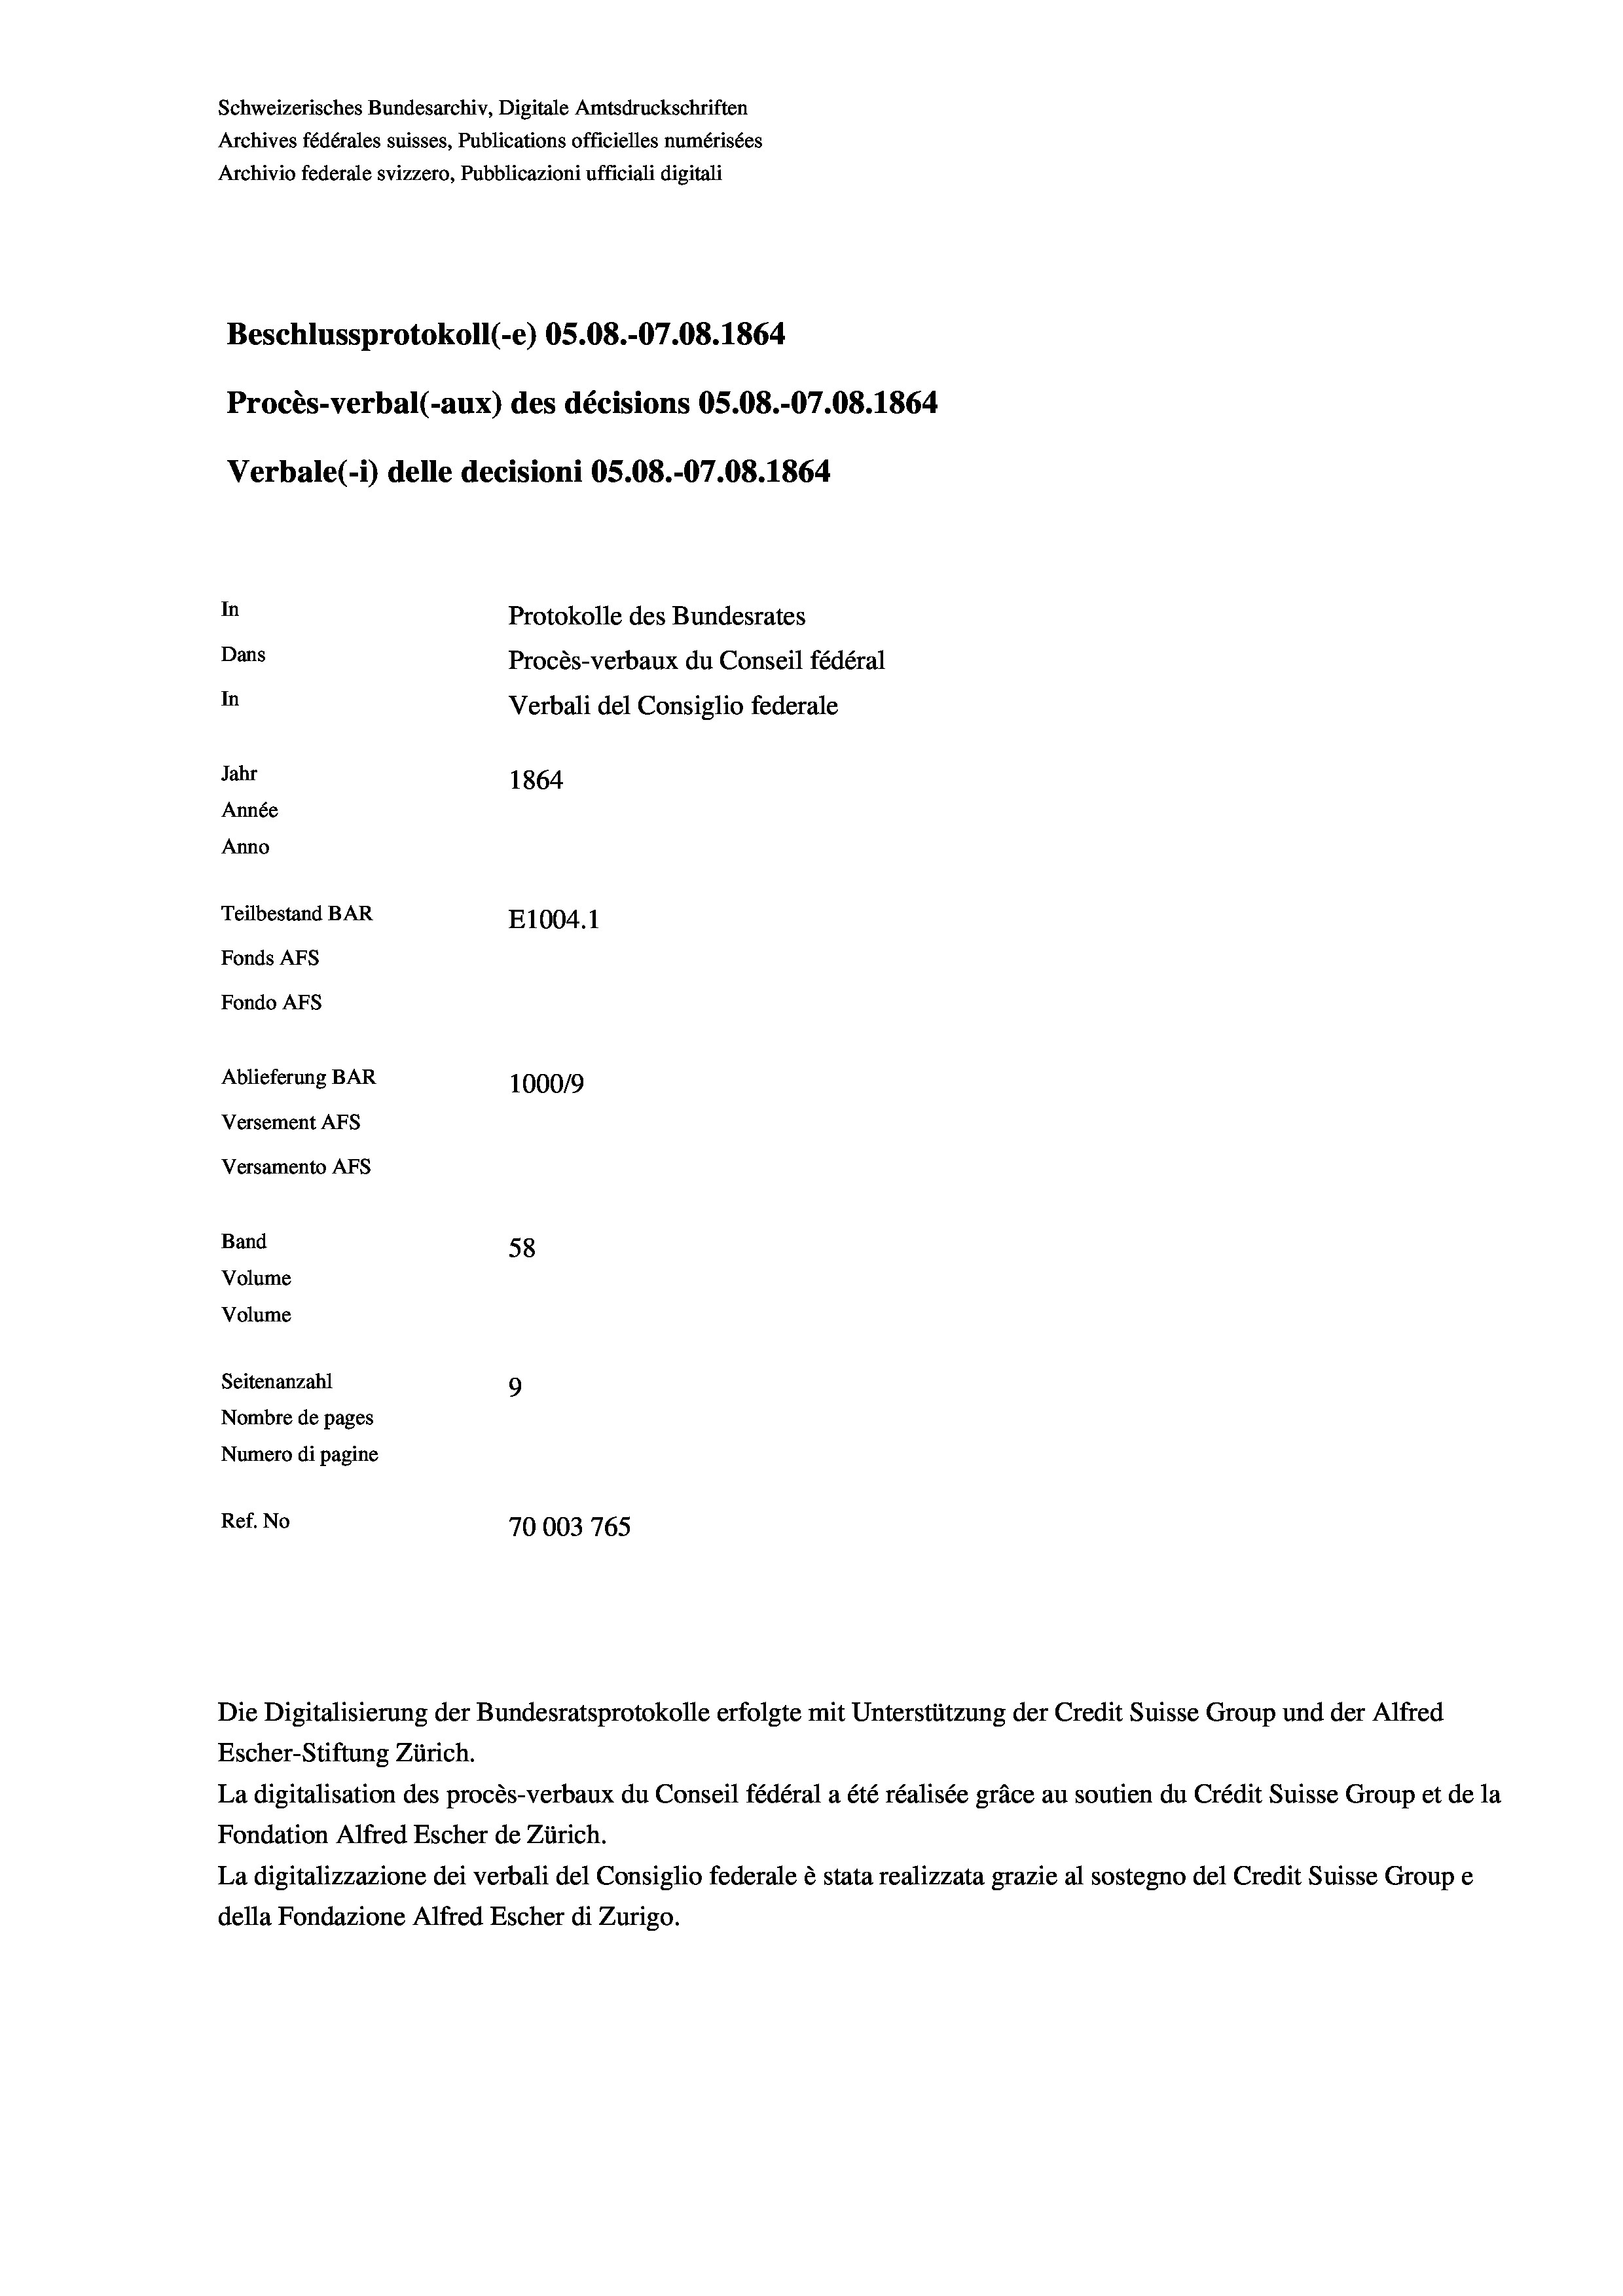
Schweizerisches Bundesarchiv, Digitale Amtsdruckschriften
Archives fédérales suisses, Publications officielles numérisées
Archivio federale svizzero, Pubblicazioni ufficiali digitali
Beschlussprotokoll (-e) OS.08.-07.08. 1864
Procès-verbal (-aux) des décisions OS.08.-07.08. 1864
Verbale (1) delle decisioni OS.08.-07.08. 1864
In
Protokolle des Bundesrates
Dans
Procès-verbaux du Conseil fédéral
In
Verbali del Consiglio federale
Jahr
1864
Année
Anno
Teilbestand BAR
E1004.1
Fonds AFs
Fondo AFS
Ablieferung BAR
100019
Versement AFs
Versamento Afs
Band
58
Volume
Volume
Seitenanzahl
9

Nombre de pages
Numero di pagine
Ref. No
70003 765

Escher-Stiftung Zürich.
La digitalisation des procès-verbaux du Conseil fédéral a été réalisée gräce au soutien du Crédit Suisse Group et de la
Fondation Alfred Escher de Zürich.
La digitalizzazione dei verbali del Consiglio federale è stata realizzata grazie al sostegno del Credit Suisse Groupe
della Fondazione Alfred Escher di Zurigo.

Die Digitalisierung der Bundesratsprotokolle erfolgte mit Unterstützung der Credit Suisse Group und der Alfred